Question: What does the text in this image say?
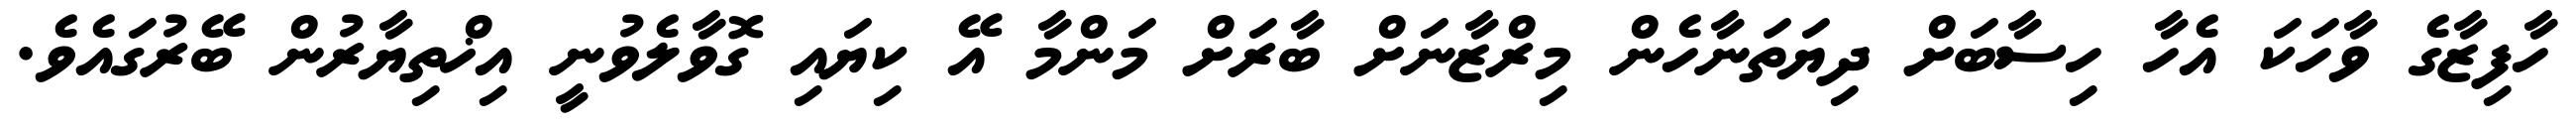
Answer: ހާފިޒާގެ ވާހަކަ އެހާ ހިސާބަށް ދިޔަތަނާހެން މިރްޒާނަށް ބާރަށް މަންމާ އޭ ކިޔައި ގޮވާލެވުނީ އިޚްތިޔާރުން ބޭރުގައެވެ.